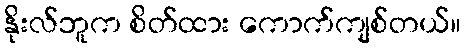
နိုးလ်ဘူက စိတ်ထား ကောက်ကျစ်တယ်။